Medical and sanitary report of the native army of Bengal for the year
Year: 1874
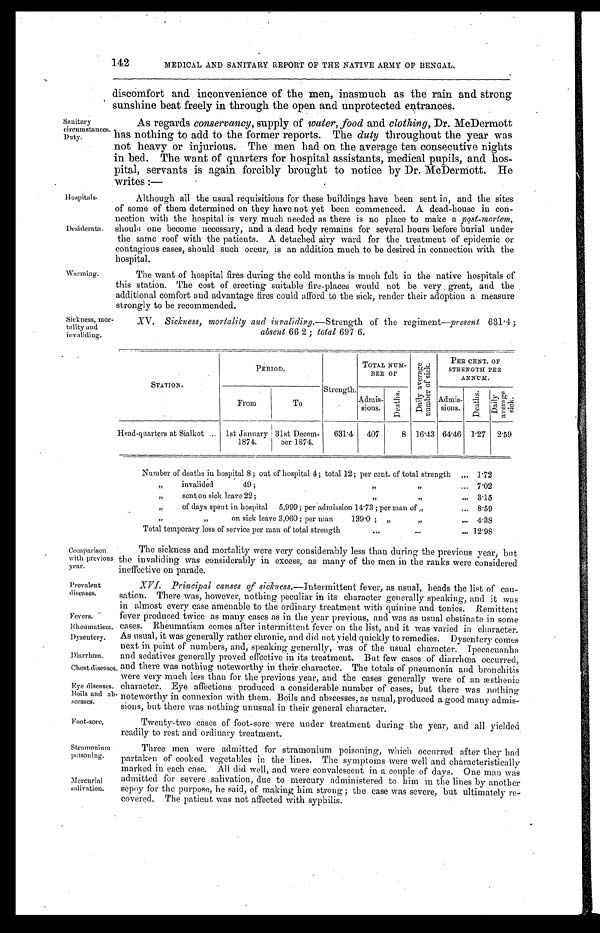
142
MEDICAL AND SANITARY REPORT OF THE NATIVE ARMY OF BENGAL.
discomfort and inconvenience of the men, inasmuch as the rain and strong
sunshine beat freely in through the open and unprotected entrances.
Sanitary
circumstances.
Duty.
Hospitals.
Desiderata.
Warming.
Sickness, mor
-tality and
invaliding.
As regards conservancy, supply of water, food and clothing, Dr. McDermott
has nothing to add to the former reports. The duty throughout the year was
not heavy or injurious. The men had on the average ten consecutive nights
in bed. The want of quarters for hospital assistants, medical pupils, and hos
-pital, servants is again forcibly brought to notice by Dr. McDermott. He
writes:—
Although all the usual requisitions for these buildings have been sent in, and the sites
of some of them determined on they have not yet been commenced. A dead-house in con
- n e c t i o n w i t h t h e h o s p i t a l i s v e r y m u c h n e e d e d a s t h e r e i s n o p l a c e t o m a k e a
p o s t - m o r t e m ,
should one become necessary, and a dead body remains for several hours before burial under
the same roof with the patients. A detached airy ward for the treatment of epidemic or
contagious cases, should such occur, is an addition much to be desired in connection with the
hospital.
The want of hospital fires during the cold months is much felt in the native hospitals of
this station. The cost of erecting suitable fire-places would not be very great, and the
additional comfort and advantage fires could afford to the sick, render their adoption a measure
strongly to be recommended.
XV. Sickness, mortality and invaliding.—Strength of the regiment—present 631.4;
absent 66 2; total 697 6.
STATION.
PER IOD.
Strength.
TOTAL NUM-
BER OF
Da i l y a v e r a g e
n u mb e r o f s i c k .
PER CENT. OF
STRENGTH PER
ANNUM.
From
To
Admis-
sions.
D e a t h s .
Admis-
sions.
D e a t h s . D a i l y
a v e r a g e
s i c k .
Head-quarters at Sialkot
1st January
1874.
31st Decem-
ber 1874.
631.4 407
8 16.43 64.46 1.27 2 . 5 9
Number of deaths in hospital 8; out of hospital 4; total 12; per cent. of total strength
1.72
„ invalided 49; „ „
7.02
„ sent on sick leave 22; „ „
3.15
„ of days spent in hospital 5,999; per admission 14.73; per man of „
8.59
„ „ on sick leave 3,060; per man 139.0; „ „
4 . 3 8
Total temporary loss of service per man of total strength
12.98
Comparison
with previous
year.
Prevalent
diseases.
Fevers.
Rheumatism.
Dysentery.
Diarrhœa.
Chest diseases.
Eye diseases.
Boils and ab
- s u s s e s .
Foot-sore,
Stramonium
poisoning.
Mercurial
salivation.
The sickness and mortality were very considerably less than during the previous year, but
the invaliding was considerably in excess, as many of the men in the ranks were considered
ineffective on parade.
XVI. Principal causes of sickness.—Intermittent fever, as usual, heads the list of cau
-sation. There was, however, nothing peculiar in its character generally speaking, and it was
in almost every case amenable to the ordinary treatment with quinine and tonics. Remittent
fever produced twice as many cases as in the year previous, and was as usual obstinate in some
cases. Rheumatism comes after intermittent fever on the list, and it was varied in character.
As usual, it was generally rather chronic, and did not yield quickly to remedies. Dysentery comes
next in point of numbers, and, speaking generally, was of the usual character. Ipecacuanha
and sedatives generally proved effective in its treatment. But few cases of diarrhœa occurred,
and there was nothing noteworthy in their character. The totals of pneumonia and bronchitis
were very much less than for the previous year, and the cases generally were of an æsthenic
character. Eye affections produced a considerable number of cases, but there was nothing
noteworthy in connexion with them. Boils and abscesses, as usual, produced a good many admis
-sions, but there was nothing unusual in their general character.
Twenty-two cases of foot-sore were under treatment during the year, and all yielded
readily to rest and ordinary treatment.
Three men were admitted for stramonium poisoning, which occurred after they had
partaken of cooked vegetables in the lines. The symptoms were well and characteristically
marked in each case. All did well, and were convalescent in a couple of days. One man was
admitted for severe salivation, due to mercury administered to him in the lines by another
sepoy for the purpose, he said, of making him strong; the case was severe, but ultimately re
-covered. The patient was not affected with syphilis.